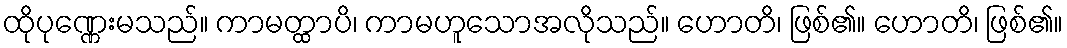
ထိုပုဏ္ဏေးမသည်။ ကာမတ္ထာပိ၊ ကာမဟူသောအလိုသည်။ ဟောတိ၊ ဖြစ်၏။ ဟောတိ၊ ဖြစ်၏။